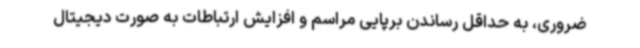
ضروری، به حداقل رساندن برپایی مراسم و افزایش ارتباطات به صورت دیجیتال